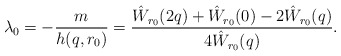
\begin{align*}\lambda_0 = -\frac{m}{h(q,r_0)} = \frac{\hat W_{r_0}(2q) + \hat W_{r_0}(0) - 2\hat W_{r_0}(q)}{4\hat W_{r_0}(q)}.\end{align*}